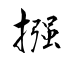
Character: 摾